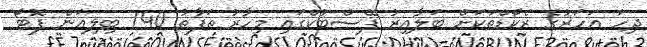
ދިހަ އަހަރުގެ ރެކޯޑްތަކަށް ބަލާއިރު ފޭސްބުކްގައި މިހާރު ތަފާތު 740 ބިލިއަން ފޮޓޯ